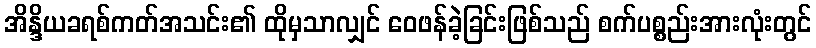
အိန္ဒိယခရစ်ကတ်အသင်း၏ ထိုမှသာလျှင် ဝေဖန်ခဲ့ခြင်းဖြစ်သည် စက်ပစ္စည်းအားလုံးတွင်